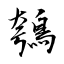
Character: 鴮